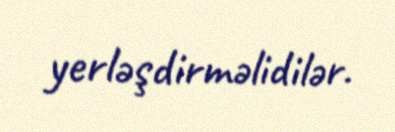
yerləşdirməlidilər.